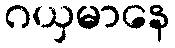
ဂယှမာနေ